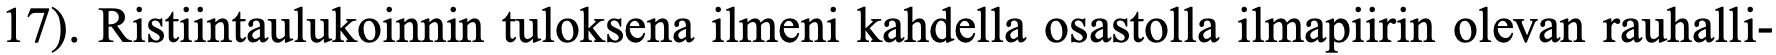
17). Ristiintaulukoinnin tuloksena ilmeni kahdella osastolla ilmapiirin olevan rauhalli-